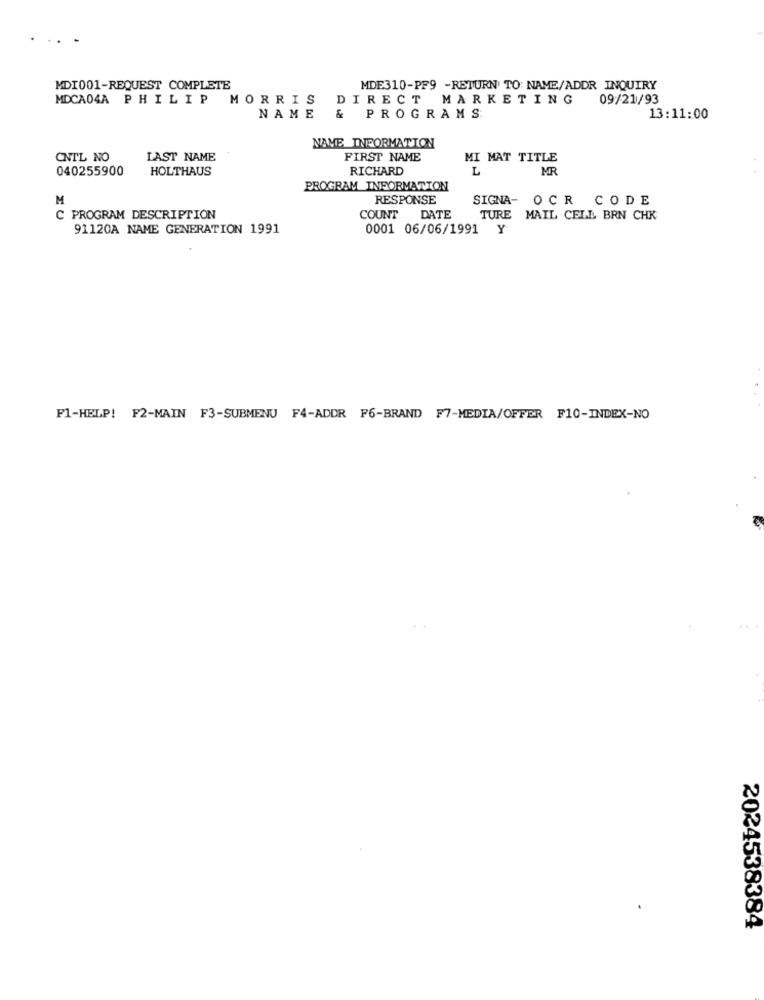
MDI001-REQUEST COMPLETE
MDE310-PF9 -RETURN TO: NAME/ADDR INQUIRY
MDCA04A PHILIP
MORRIS
DIRECT MARKETING
09/21/93
NAME
&
PROGRAMS
13:11:00
NAME INFORMATION
CNTL NO
LAST NAME
FIRST NAME
MI MAT TITLE
040255900
HOLTHAUS
RICHARD
L
MR
PROGRAM INFORMATION
M
RESPONSE
SIGNA- OCR CODE
C PROGRAM DESCRIPTION
COUNT
DATE
TURE MAIL CELL BRN CHK
91120A NAME GENERATION 1991
0001 06/06/1991 Y
F1-HELP! F2-MAIN F3-SUBMENU F4-ADDR F6-BRAND F7-MEDIA/OFFER F10-INDEX-NO
2024538384